Civil Veterinary Dept. North-West Frontier Province 1933-46 - 1933-1946
Year: 1933
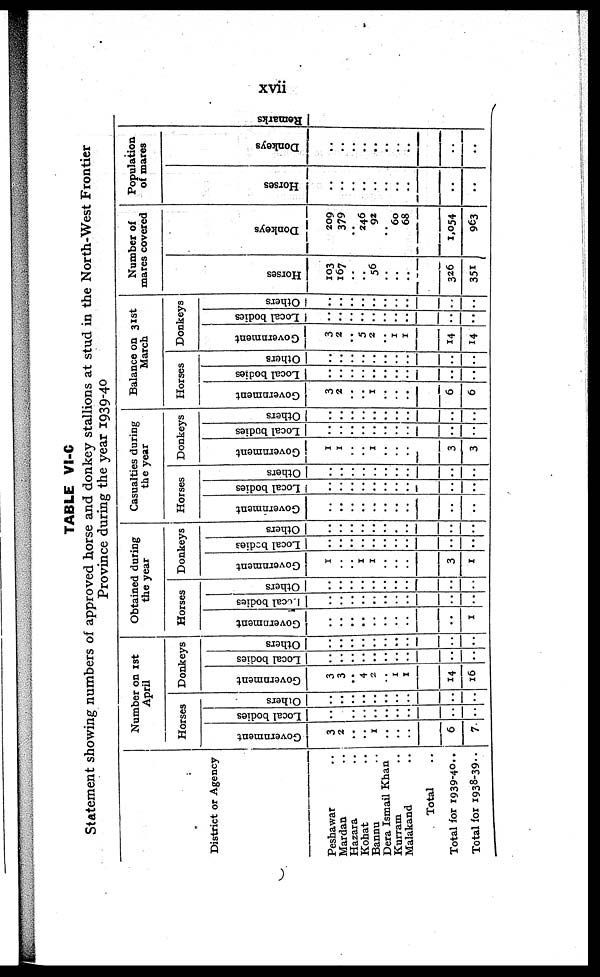
xvii
TABLE Vl-C
Statement showing numbers of approved horse and donkey stallions at stud in the North-West Frontier
Province during the year 1939-40
District or Agency
Peshawar ..
Mardan ..
Hazara ..
Kohat ..
Bannu ..
Dera Ismail Khan
Kurram ..
Malakand ..
Total ..
Total for 1939-40..
Total for 1938-39..
Number on 1st
April
Horses
Government
3
2
..
..
1
..
..
..
6
..
Local bodies
..
..
..
..
..
..
..
..
..
..
Others
..
..
..
..
..
..
..
..
..
..
Donkeys
Government
3
3
.. 4
2
..
1
1
14
16
Local bodies
..
..
..
..
..
..
..
..
..
..
Others
..
..
..
..
..
..
..
..
..
..
Obtained during
the year
Horses
Government
..
..
..
..
..
..
..
..
..
1
local bodies
..
..
..
..
..
..
..
..
..
..
Others
..
..
..
..
..
..
..
..
..
..
Donkeys
Government
1
..
.. 1
1
..
..
..
3
1
Local bodies
..
..
..
..
..
..
..
..
..
..
Others
..
..
..
..
..
..
..
..
..
..
Casualties during
the year
Horses
Government
..
..
..
..
..
..
..
..
..
..
Local bodies
..
..
..
..
..
..
..
..
..
..
Others
..
..
..
..
..
..
..
..
..
..
Donkeys
Government
1
1
..
..
1
..
..
..
3
3
Local bodies
..
..
..
..
..
..
..
..
..
..
Others
..
..
..
..
..
..
..
..
..
..
Balance on 31st
March
Horses
Government
3
2
..
..
1
..
..
..
6
6
Local bodies
..
..
..
..
..
..
..
..
..
..
Others
..
..
..
..
..
..
..
..
..
..
Donkeys
Government
3
2
..
5
2
..
1
1
14
14
Local bodies
..
..
..
..
..
..
..
..
..
..
Others
..
..
..
..
..
..
..
..
..
..
Number of
mares covered
Hor s es
103
167
..
..
56
..
..
..
326
351
Donke ys
209
379
..
246
92
..
60
68
1,054
963
Population
of mares
Hor s es
..
..
..
..
..
..
..
..
..
..
Donke ys
..
..
..
..
..
..
..
..
..
..
Re ma r
ks